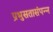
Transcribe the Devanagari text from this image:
प्रभुसतासंपन्न